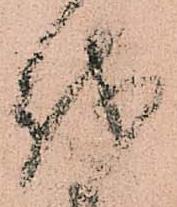
越